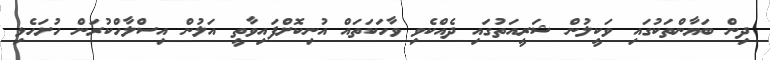
ދިން ބަޔާންތަކުގައި ވަކީލުން ޝަރީއަތުގައި ދެއްކެވި ވާހަކަތައް އުނިކޮށްފައިވާތީ އަލުން އިސްލާހްކުރަން ހުށަހެޅި